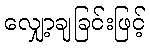
လျှော့ချခြင်းဖြင့်